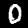
Digit: 0